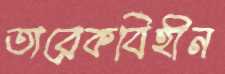
তারেকবিহীন